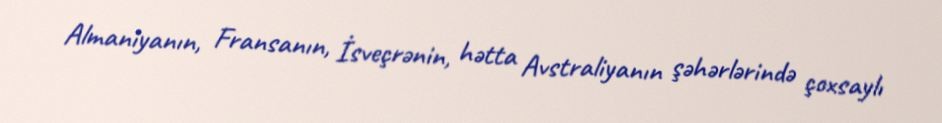
Almaniyanın, Fransanın, İsveçrənin, hətta Avstraliyanın şəhərlərində çoxsaylı